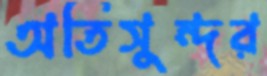
অতিসুন্দর